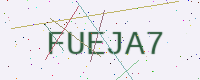
Text: FUEJA7